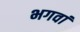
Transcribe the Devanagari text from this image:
भगवां